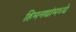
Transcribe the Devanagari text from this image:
हिमनद्यांमध्ये